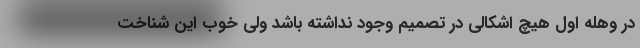
در وهله اول هیچ اشکالی در تصمیم وجود نداشته باشد ولی خوب این شناخت